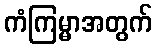
ကံကြမ္မာအတွက်